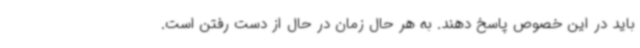
باید در این خصوص پاسخ دهند. به هر حال زمان در حال از دست رفتن است.